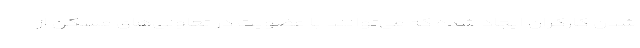
شدن کارگران ایجاد شده که می‌توانند با عضویت در تعاونی‌های مسکن از